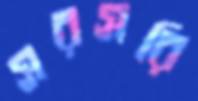
সরসরি